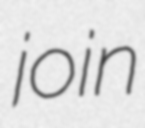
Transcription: join